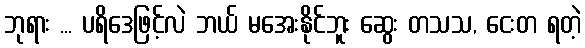
ဘုရား ... ပရိဒေဖြင့်လဲ ဘယ် မအေးနိုင်ဘူး ဆွေး တသသ, ငေးတ ရတဲ့